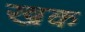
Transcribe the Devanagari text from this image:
खक